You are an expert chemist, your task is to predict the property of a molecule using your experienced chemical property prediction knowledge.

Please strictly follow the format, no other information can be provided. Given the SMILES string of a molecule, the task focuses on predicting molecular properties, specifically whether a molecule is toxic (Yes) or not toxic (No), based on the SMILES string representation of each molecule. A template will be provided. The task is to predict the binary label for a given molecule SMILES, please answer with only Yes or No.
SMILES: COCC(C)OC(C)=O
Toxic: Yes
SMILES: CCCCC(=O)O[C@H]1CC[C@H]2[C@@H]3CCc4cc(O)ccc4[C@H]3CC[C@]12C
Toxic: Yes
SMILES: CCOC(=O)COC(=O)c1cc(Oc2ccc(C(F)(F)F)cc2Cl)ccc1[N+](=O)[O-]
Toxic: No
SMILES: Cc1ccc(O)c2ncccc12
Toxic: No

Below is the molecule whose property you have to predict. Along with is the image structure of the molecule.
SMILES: C=CC(C)(CCC=C(C)C)OC(=O)c1ccccc1N
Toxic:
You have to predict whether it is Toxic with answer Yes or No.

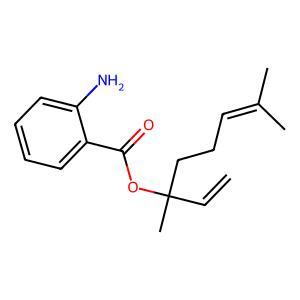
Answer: No